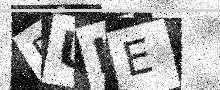
Text: DUIE